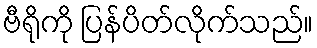
ဗီရိုကို ပြန်ပိတ်လိုက်သည်။